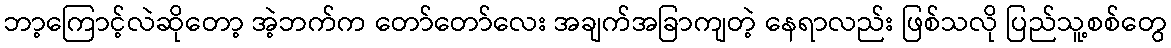
ဘာ့ကြောင့်လဲဆိုတော့ အဲ့ဘက်က တော်တော်လေး အချက်အခြာကျတဲ့ နေရာလည်း ဖြစ်သလို ပြည်သူ့စစ်တွေ